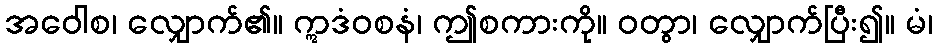
အဝေါစ၊ လျှောက်၏။ ဣဒံဝစနံ၊ ဤစကားကို။ ဝတွာ၊ လျှောက်ပြီး၍။ မံ၊